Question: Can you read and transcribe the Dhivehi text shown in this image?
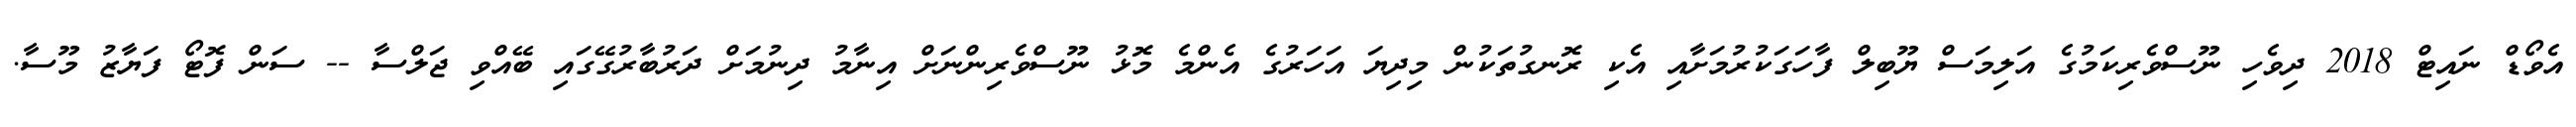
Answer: އެވޯޑް ނައިޓް 2018 ދިވެހި ނޫސްވެރިކަމުގެ އަލިމަސް ޔޫބިލް ފާހަގަކުރުމަށާއި އެކި ރޮނގުތަކުން މިދިޔަ އަހަރުގެ އެންމެ މޮޅު ނޫސްވެރިންނަށް އިނާމު ދިނުމަށް ދަރުބާރުގޭގައި ބޭއްވި ޖަލްސާ -- ސަން ފޮޓޯ ފަޔާޒު މޫސާ.